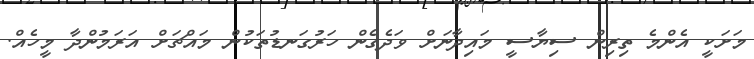
މަށަކީ އެންމެ ތިރިން ސިޔާސީ މައިދާނަށް ވަދެގެން ހަރުގަނޑުތަކުން މައްޗަށް އަރަމުންދާ މީހެއް.